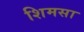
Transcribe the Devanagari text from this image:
शिमसा